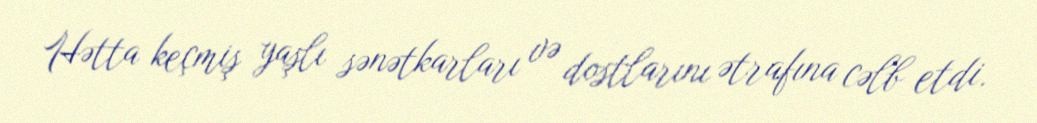
Hətta keçmiş yaşlı sənətkarları və dostlarını ətrafına cəlb etdi.